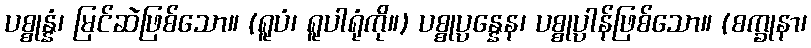
ပစ္စုန္နံ၊ မြင်ဆဲဖြစ်သော။ (ရူပံ၊ ရူပါရုံကို။) ပစ္စုပ္ပန္နေန၊ ပစ္စုပ္ပာန်ဖြစ်သော။ (စက္ခုနာ၊